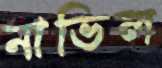
নাভিল